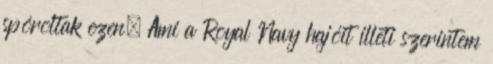
spóroltak ezen. Ami a Royal Navy hajóit illeti szerintem